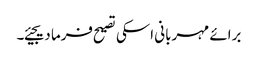
برائے مہربانی اسکی تصیح فرما دیجیئے۔